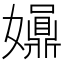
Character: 𡤀